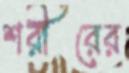
শরীরের